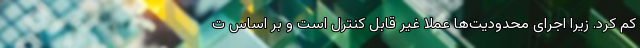
کم کرد. زیرا اجرای محدودیت‌ها عملا غیر قابل کنترل است و بر اساس ت